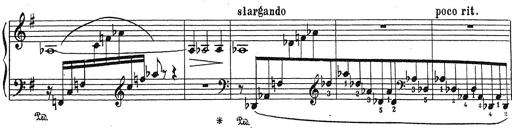
Title: Grosses Konzertsolo
Composer: Franz Liszt